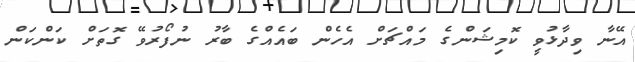
އޭނާ ވިދާޅުވީ ކޮމިޝަންގެ މައްޗަށް އެހެން ބައެއްގެ ބާރު ނުފޯރުވޭ ގޮތަށް ކަންކަން